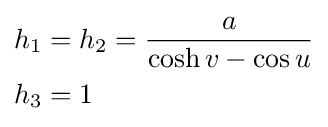
{\begin{aligned}h_{1}&=h_{2}={\frac {a}{\cosh v-\cos u}}\\h_{3}&=1\end{aligned}}